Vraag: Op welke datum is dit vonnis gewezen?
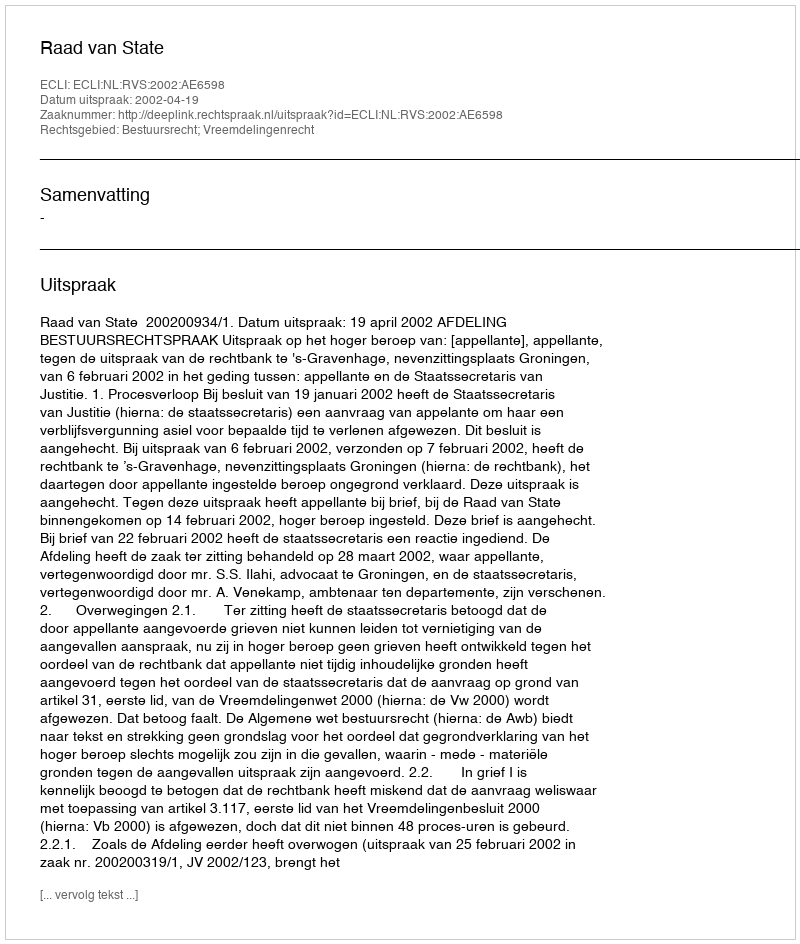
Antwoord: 2002-04-19